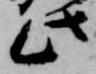
此